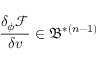
\frac { \delta _ { \phi } \mathcal { F } } { \delta v } \in \mathfrak { B } ^ { \ast ( n - 1 ) }